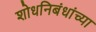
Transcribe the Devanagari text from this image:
शोधनिबंधांच्या